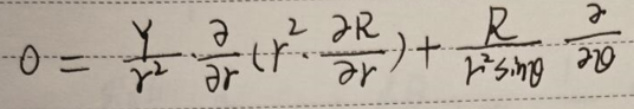
\[
0 = \frac{1}{r^{2}}\frac{\partial}{\partial r}\left(r^{2}\frac{\partial R}{\partial r}\right)+\frac{R}{r^{2}\sin\theta}\frac{\partial}{\partial\theta}
\]